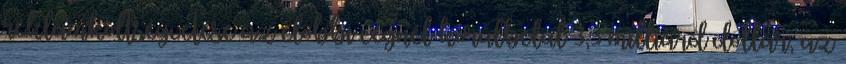
reklámköltségvetése az előbbi cégnél körülbelül 3,3 milliárd dollár, az